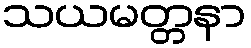
သယမတ္တနာ